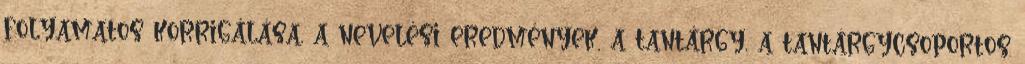
folyamatos korrigálása, a nevelési eredmények, a tantárgy, a tantárgycsoportos